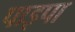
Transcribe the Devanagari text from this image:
पाइपा